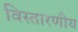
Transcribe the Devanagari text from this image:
विस्तारणीय